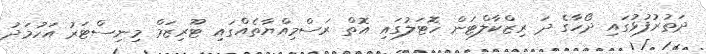
ދަތުރުފުޅުގައި ދޯހާގެ ދަ ރިޒްކާލްޓަން ހޮޓަލުގައި އޮތް ރަސްމިއްޔާތެއްގައި ޓޫރިޒަމް މިނިސްޓަރު އަހުމަދު